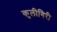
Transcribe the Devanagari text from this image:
कुलीगिरी